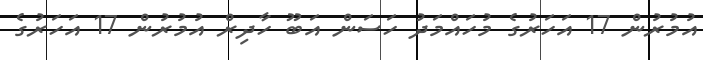
އުމުރުން 17 އަހަރުގެ މުހައްމަދު ހަސަން އަބޫ ހާދިރް އުމުރުން 17 އަހަރުގެ